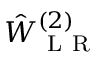
\hat { W } _ { \mathrm { ~ L ~ R ~ } } ^ { ( 2 ) }